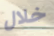
خلال